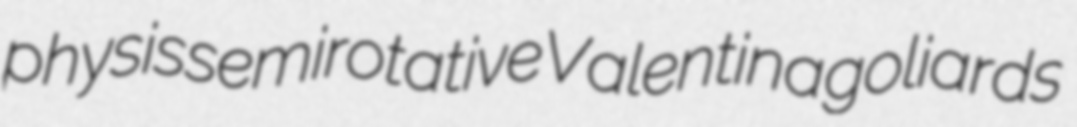
physis semirotative Valentina goliards